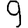
Digit: 9